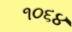
૧૦૬૪